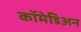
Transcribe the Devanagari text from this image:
कॉमेडिअन